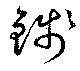
銭